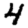
Digit: 4